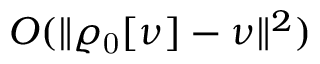
{ \cal O } ( \| \varrho _ { \mathrm { 0 } } [ \nu ] - \nu \| ^ { 2 } )